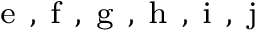
_ { \mathrm { ~ e ~ , ~ f ~ , ~ g ~ , ~ h ~ , ~ i ~ , ~ j ~ } }